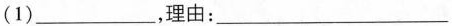
(1)___，理由：___